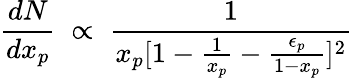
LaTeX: \frac{dN}{dx_{p}}\; \propto\; \frac{1}{x_{p}[1-\frac{1}{x_{p}}-\frac{\epsilon_{p}}{1-x_{p}}]^{2}}